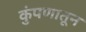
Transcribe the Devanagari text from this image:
कुंपणातून